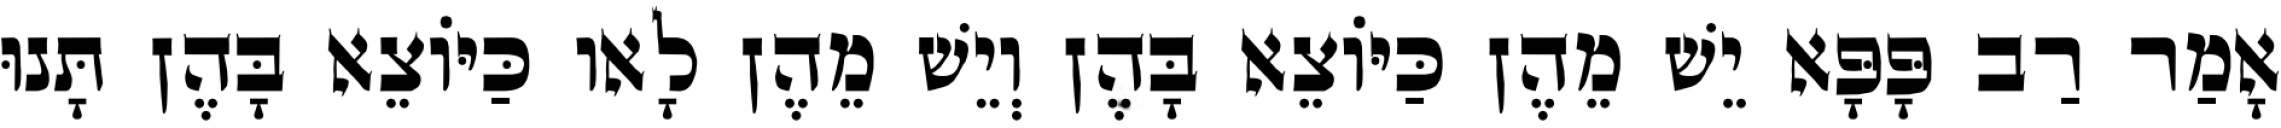
אָמַר רַב פָּפָּא יֵשׁ מֵהֶן כַּיּוֹצֵא בָּהֶן וְיֵשׁ מֵהֶן לָאו כַּיּוֹצֵא בָּהֶן תָּנוּ